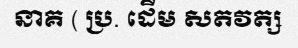
នាគ ( ប្រ. ដើម សតវត្ស